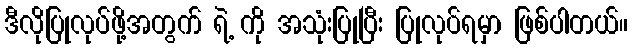
ဒီလိုပြုလုပ်ဖို့အတွက် ရဲ့ ကို အသုံးပြုပြီး ပြုလုပ်ရမှာ ဖြစ်ပါတယ်။